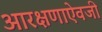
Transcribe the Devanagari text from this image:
आरक्षणाऐवजी